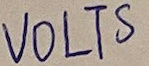
Text: VOLTS